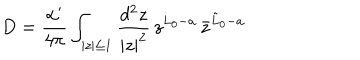
D = \frac { \alpha ^ { \prime } } { 4 \pi } \int _ { | z | \leq 1 } \frac { d ^ { 2 } z } { | z | ^ { 2 } } \, z ^ { L _ { 0 } - a } \, { \bar { z } } ^ { { \tilde { L } } _ { 0 } - a }